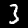
Label: 3